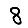
Digit: 8